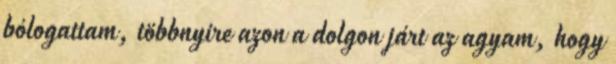
bólogattam, többnyire azon a dolgon járt az agyam, hogy